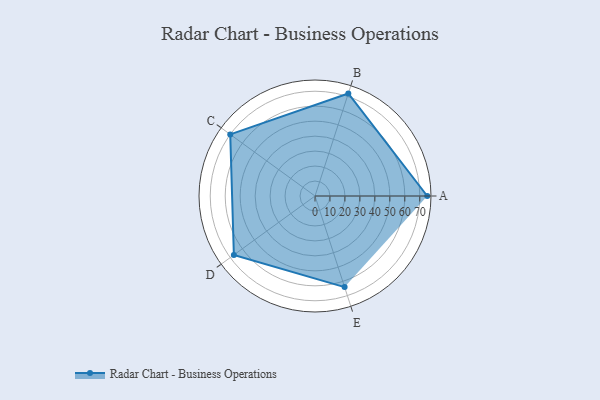
{"axis": {"x": "Skill", "y": "Score"}, "legend": ["Profile"], "data": [{"x": "A", "y": 75.0, "type": "Profile"}, {"x": "B", "y": 72.0, "type": "Profile"}, {"x": "C", "y": 70.0, "type": "Profile"}, {"x": "D", "y": 67.0, "type": "Profile"}, {"x": "E", "y": 64.0, "type": "Profile"}]}